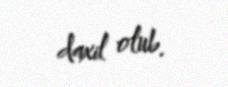
daxil olub.